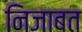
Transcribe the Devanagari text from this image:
निजाबत